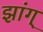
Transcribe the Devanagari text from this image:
झांग्